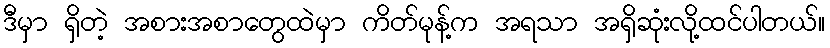
ဒီမှာ ရှိတဲ့ အစားအစာတွေထဲမှာ ကိတ်မုန့်က အရသာ အရှိဆုံးလို့ထင်ပါတယ်။